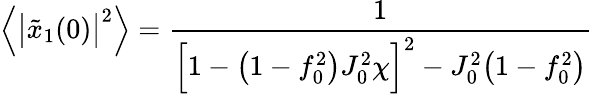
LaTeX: \Big\langle\big|\tilde{x}_{1}(0)\big|^{2}\Big\rangle=\frac{1}{\Big[1-\big(1-f_{0}^{2}\big)J_{0}^{2}\chi\Big]^{2}-J_{0}^{2}\big(1-f_{0}^{2}\big)}